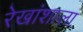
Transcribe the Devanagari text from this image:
रेखांशाला